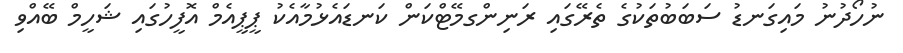
ނުހޯދުނު މައިގަނޑު ސަބަބުތަކުގެ ތެރޭގައި ރަނިންގމޭޓްކަން ކަނޑައެޅުމާއެކު ޕީޕީއެމް އޮފީހުގައި ޝަހީމް ބޭއްވި